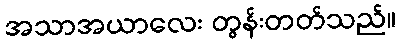
အသာအယာလေး တွန်းတတ်သည်။